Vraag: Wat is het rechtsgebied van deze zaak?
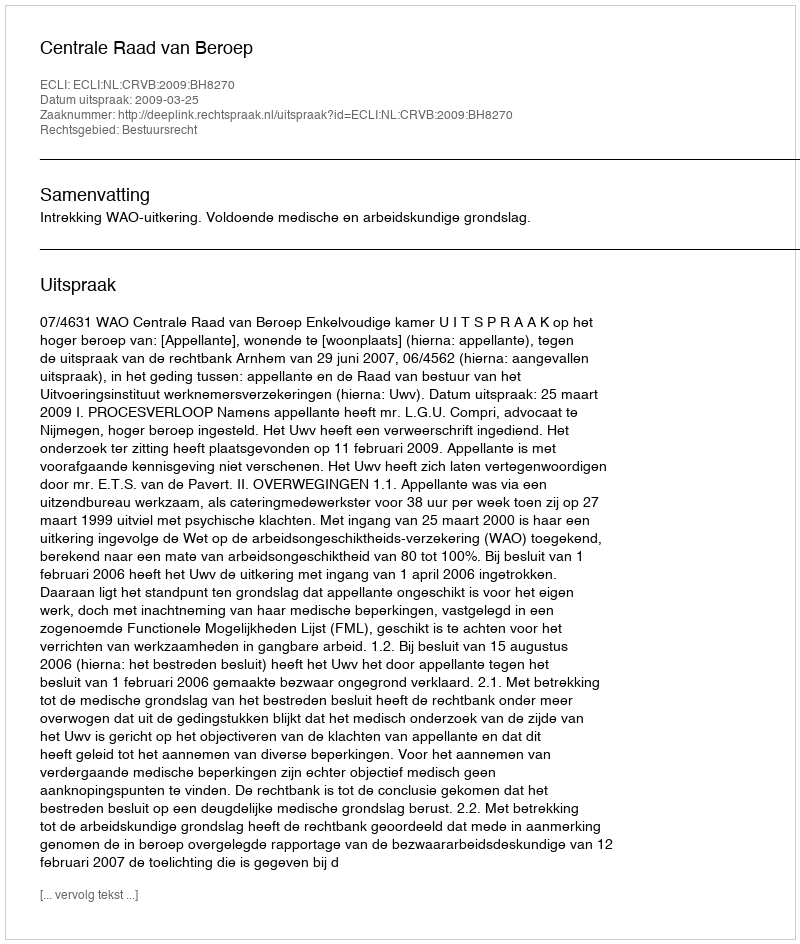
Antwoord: Bestuursrecht